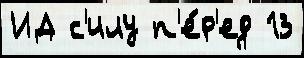
ИД с'илу п'е́р'ед 13